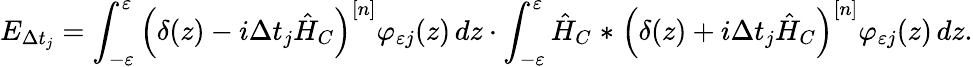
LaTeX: E_{\Delta t_{j}}=\int_{-\varepsilon}^{\varepsilon}\left(\delta(z)-i\Delta t_{j}\hat{H}_{C}\right)^{[n]}\varphi_{\varepsilon j}(z)\mathop{}\! {d{z}}\cdot\int_{-\varepsilon}^{\varepsilon}\hat{H}_{C}\mathrel{\ast}\left(\delta(z)+i\Delta t_{j}\hat{H}_{C}\right)^{[n]}\varphi_{\varepsilon j}(z)\mathop{}\! {d{z}}.